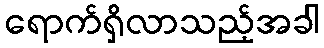
ရောက်ရှိလာသည့်အခါ